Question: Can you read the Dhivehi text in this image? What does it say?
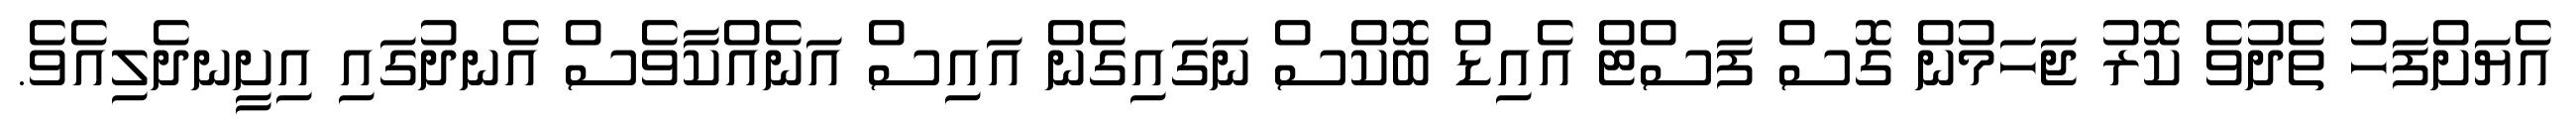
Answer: އެޔަށްފަހު ތެދުވެ ކޮރު ޖަހަމުން ގޮސް ފަސްޓް އެއިޑް ބޮކްސް ނަގައިގެން އައިސް އަނެއްކާވެސް އެނދުގައި އިށީނދެލިއެވެ.